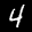
Label: 4